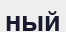
ный